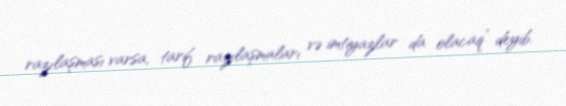
razılaşması varsa, tarif razılaşmaları və imtiyazlar da olacaq” deyib.